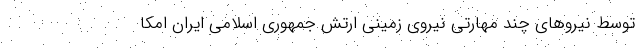
توسط نیروهای چند مهارتی نیروی زمینی ارتش جمهوری اسلامی ایران امکا